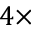
4 \times